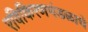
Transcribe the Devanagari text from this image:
रविकिरणमंडळाचे